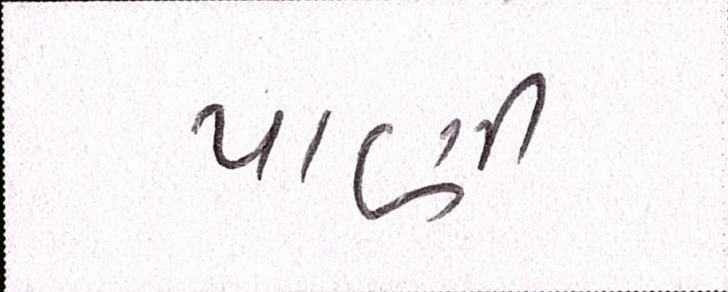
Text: પાણી